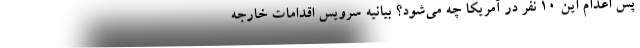
پس اعدام این ۱۰ نفر در آمریکا چه می‌شود؟ بیانیه سرویس اقدامات خارجه